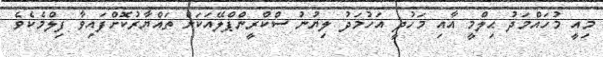
މިއީ މުހައްމަދު ޙިލްމީ އާއި މަހުދީ އަހުމަދު ލިޔުނު ސްކްރީންޕްލޭއަކަށް ތައްޔާރުކޮށްފައިވާ ފިލްމެކެވެ